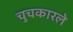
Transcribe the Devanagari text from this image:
चुचकारले